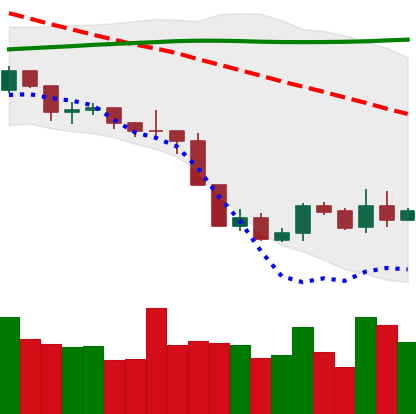
Ticker: BNB-USD
Chart end date: 2019-09-07
Forward return: -7.214%
Label: down_7plus